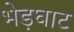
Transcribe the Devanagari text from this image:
भेड़घाट